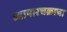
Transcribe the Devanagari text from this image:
व्यापारचक्राचा